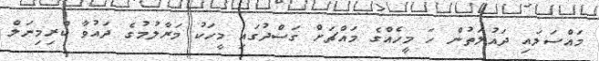
މައްސަލައި ދައުލަތުން ހަ މީހެއްގެ މައްޗަށް ގަސްދުގައި މީހަކު މަރާލުމުގެ ދައުވާ ކްރިމިނަލް